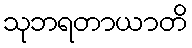
သုဘရတာယာတိ